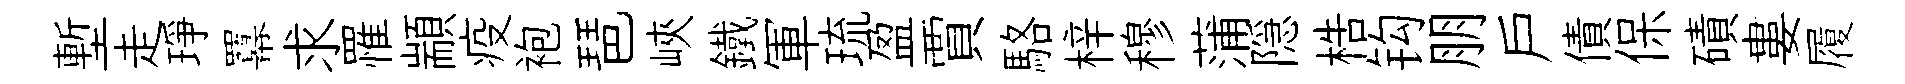
塹走琤羃求罹顓疫袍琶峽鐵軍琉盈賈駱梓穆蒲隠梏钩朋戸債保磧婁履